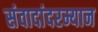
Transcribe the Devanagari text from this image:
संवादांदरम्यान